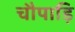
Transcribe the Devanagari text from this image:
चौपाड़ि